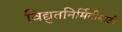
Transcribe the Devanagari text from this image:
विद्युतनिर्मितीसाठी